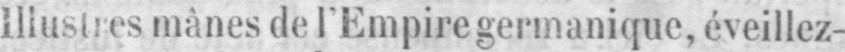
Illustres mânes de l’Empire germanique, éveillez-